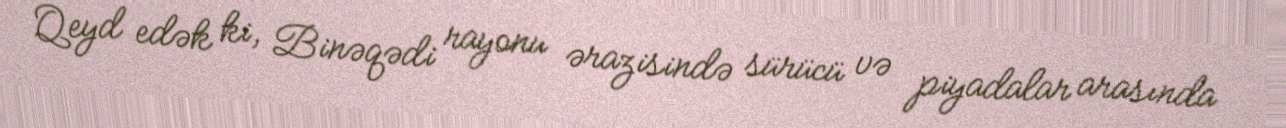
Qeyd edək ki, Binəqədi rayonu ərazisində sürücü və piyadalar arasında